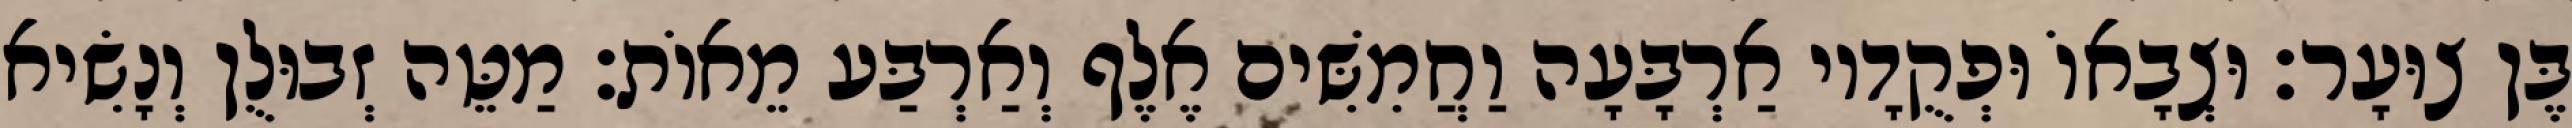
בֶּן צוּעָר׃ וּצְבָאוֹ וּפְקֻדָיו אַרְבָּעָה וַחֲמִשִּׁים אֶלֶף וְאַרְבַּע מֵאוֹת׃ מַטֵּה זְבוּלֻן וְנָשִׂיא